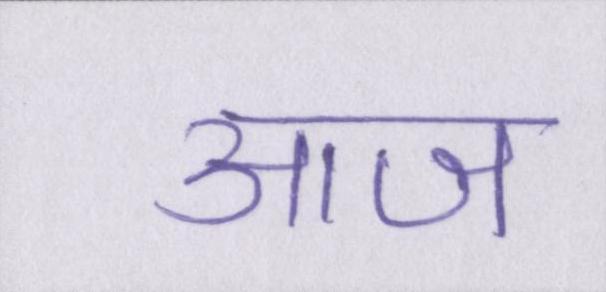
आज